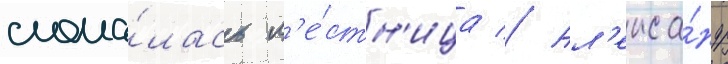
слома́лась л'е́стн'ица // Ал'екса́ндр